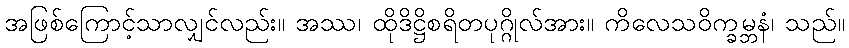
အဖြစ်ကြောင့်သာလျှင်လည်း။ အဿ၊ ထိုဒိဋ္ဌိစရိတပုဂ္ဂိုလ်အား။ ကိလေသဝိက္ခမ္ဘနံ၊ သည်။